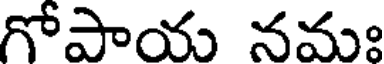
గోపాయ నమః